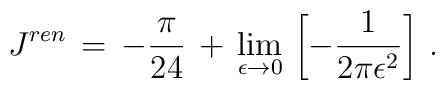
J^{ren}\,=\,-\frac{\pi}{24}\,+\,\lim_{\epsilon\to 0}\,\left[-\frac{1}{2\pi\epsilon^2}\right]\,{.}